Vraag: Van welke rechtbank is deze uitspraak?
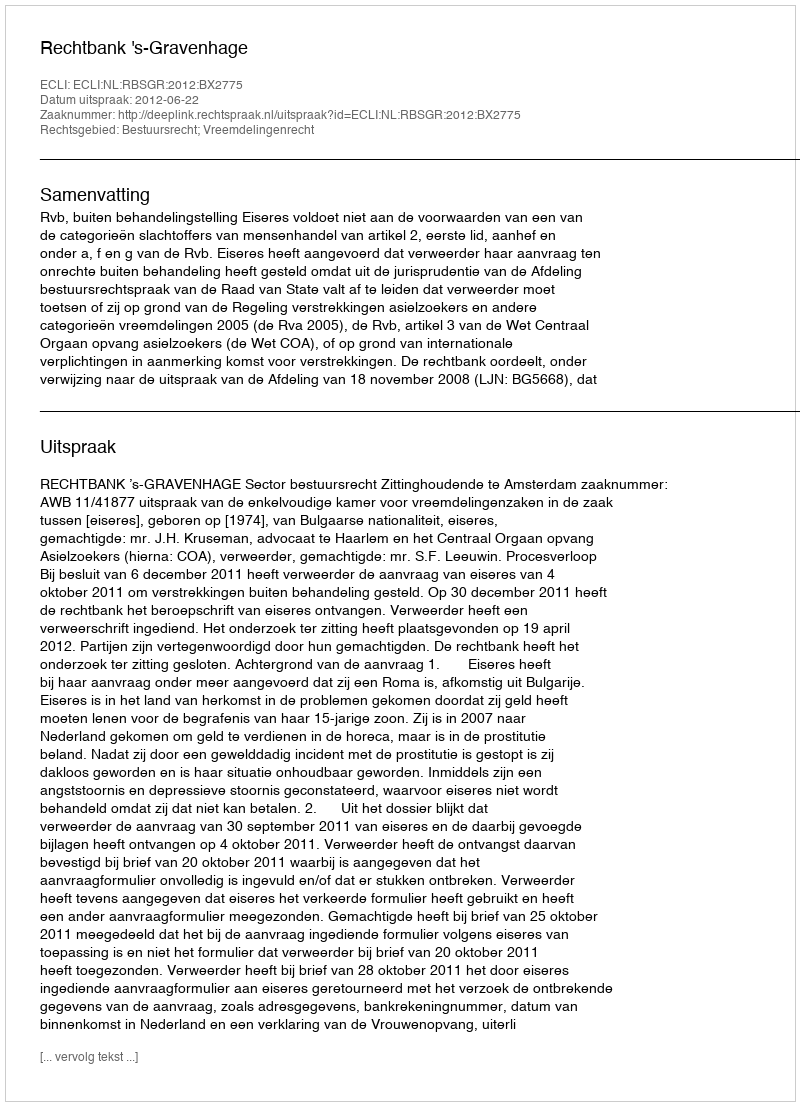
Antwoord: Rechtbank 's-Gravenhage